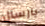
بارسال